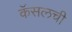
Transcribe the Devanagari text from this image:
कॅसलची